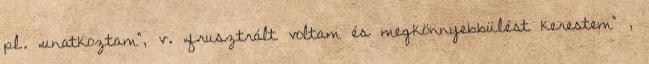
pl. „unatkoztam”, v. „frusztrált voltam és megkönnyebbülést kerestem” ,